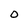
Character: 0